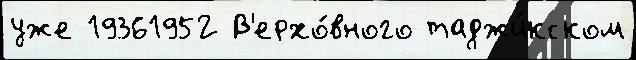
уже 19361952 В'ерхо́вного таджи́кском